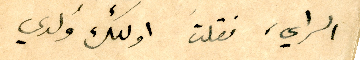
الراي، فقلتَ اولئك وُلدي